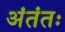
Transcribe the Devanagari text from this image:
अंतंतः